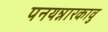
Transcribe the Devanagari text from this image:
पनयन्नारकावु